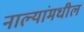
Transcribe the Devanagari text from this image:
नाल्यांमधील